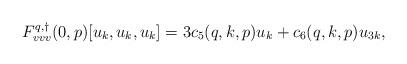
LaTeX: \begin{align*}F^{q,\dagger}_{vvv}(0,p)[u_k,u_k,u_k] &= 3c_5(q,k,p) u_k + c_6(q,k,p) u_{3k},\end{align*}